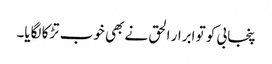
پنجابی کو تو ابرار الحق نے بھی خوب تڑکا لگایا۔